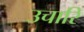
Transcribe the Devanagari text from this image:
उचारि